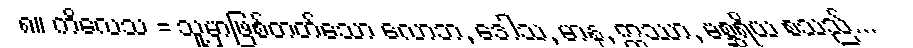
၈။ ကိလေသ = သူ့မှာဖြစ်တတ်သော လောဘ, ဒေါသ, မာန, ဣဿာ, မစ္ဆရိယ စသည်...